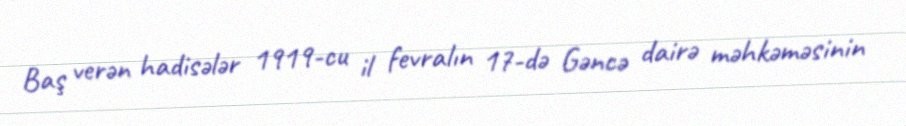
Baş verən hadisələr 1919-cu il fevralın 17-də Gəncə dairə məhkəməsinin